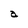
Character: a